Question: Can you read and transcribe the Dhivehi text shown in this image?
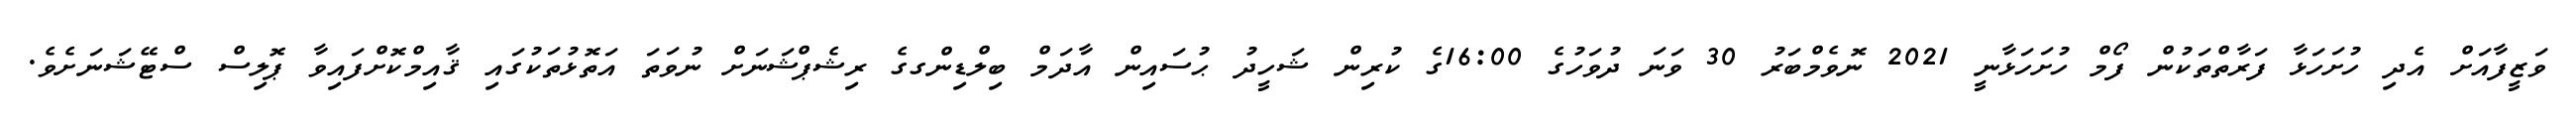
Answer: ވަޒީފާއަށް އެދި ހުށަހަޅާ ފަރާތްތަކުން ފޯމް ހުށަހަޅާނީ 2021 ނޮވެމްބަރު 30 ވަނަ ދުވަހުގެ 16:00ގެ ކުރިން ޝަހީދު ޙުސައިން އާދަމް ބިލްޑިންގގެ ރިޝެޕްޝަނަށް ނުވަތަ އަތޮޅުތަކުގައި ޤާއިމްކޮށްފައިވާ ޕޮލިސް ސްޓޭޝަނަށެވެ.